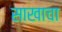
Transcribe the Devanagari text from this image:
साखाचा